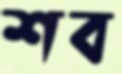
শব